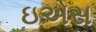
ઇએસ